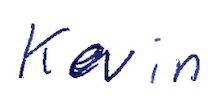
Text: Kevin
Cross-out: clean
Writing tool: ballpoint